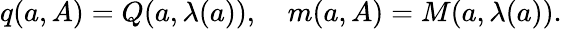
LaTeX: \begin{array}{r}{q({a},A)=Q({a},\lambda({a})),\quad m({a},A)=M(a,\lambda(a)).}\end{array}